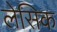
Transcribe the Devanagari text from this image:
लेसिक